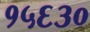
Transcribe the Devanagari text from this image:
१५६३०